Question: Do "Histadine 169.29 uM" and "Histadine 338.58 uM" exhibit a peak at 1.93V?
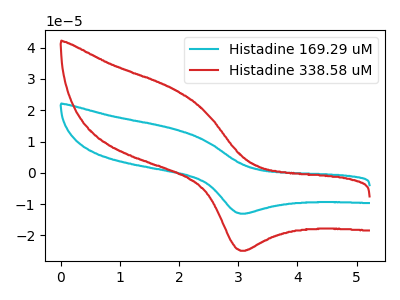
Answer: <think>The cyan curve "Histadine 169.29 uM" has an anodic peak at (1.95V, 13.90uA) and a cathodic peak at (3.10V, -13.05uA). The red curve "Histadine 338.58 uM" has an anodic peak at (1.95V, 26.55uA) and a cathodic peak at (3.10V, -24.95uA).</think>
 <answer>Yes, "Histadine 169.29 uM" and "Histadine 338.58 uM" share a peak at 1.93V.</answer>
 <eval>match</eval>